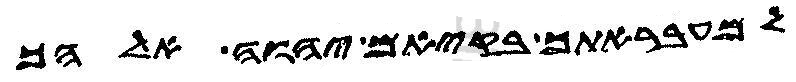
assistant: למעבראתך בקיאם יהוה אלהך